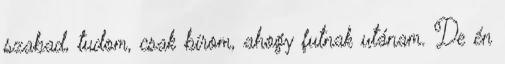
szabad, tudom, csak bírom, ahogy futnak utánam. De én